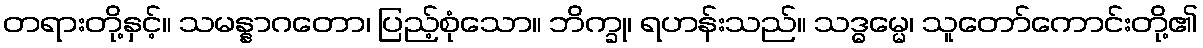
တရားတို့နှင့်။ သမန္နာဂတော၊ ပြည့်စုံသော။ ဘိက္ခု၊ ရဟန်းသည်။ သဒ္ဓမ္မေ၊ သူတော်ကောင်းတို့၏